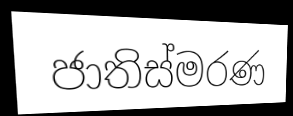
ජාතිස්මරණ